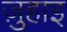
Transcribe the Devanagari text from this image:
ज़ुहाइ